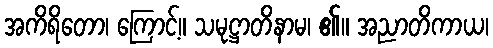
အကိရိတော၊ ကြောင့်။ သမုဋ္ဌာတိနာမ၊ ၏။ အညာတိကာယ၊